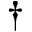
\dagger